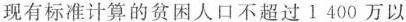
现有标准计算的贫困人口不超过1400万以